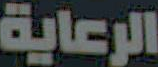
الرعاية